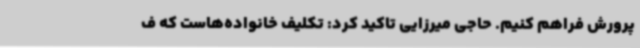
پرورش فراهم کنیم. حاجی میرزایی تاکید کرد: تکلیف خانواده‌هاست که ف